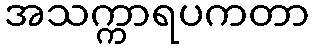
အသက္ကာရပကတာ